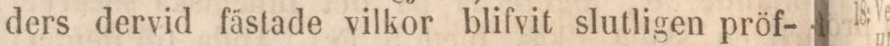
ders dervid fästade vilkor blifvit slutligen pröf-